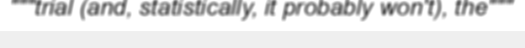
"""trial (and, statistically, it probably won't), the"""